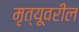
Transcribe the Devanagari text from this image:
मृत्यूवरील